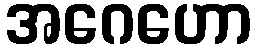
အဂေဟော